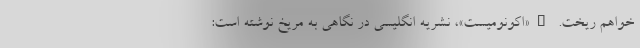
خواهم ریخت. _«اکونومیست»، نشریه انگلیسی در نگاهی به مریخ نوشته است: